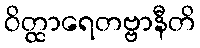
ဝိတ္ထာရေတဗ္ဗာနီတိ